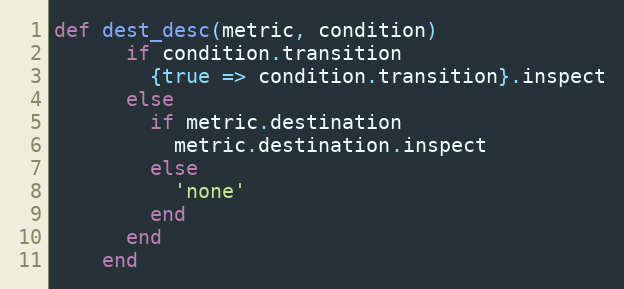
Language: Ruby
def dest_desc(metric, condition)
      if condition.transition
        {true => condition.transition}.inspect
      else
        if metric.destination
          metric.destination.inspect
        else
          'none'
        end
      end
    end